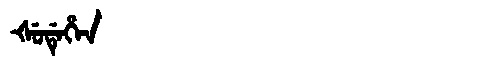
Manchu: ᡧᡠᡩᡝᡥᡝᠨ
Romanization: ŠUDEHEN